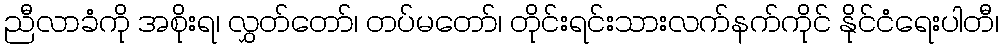
ညီလာခံကို အစိုးရ၊ လွှတ်တော်၊ တပ်မတော်၊ တိုင်းရင်းသားလက်နက်ကိုင် နိုင်ငံရေးပါတီ၊